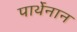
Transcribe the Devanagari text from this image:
पार्थेनान